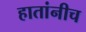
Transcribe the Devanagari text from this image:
हातांनीच